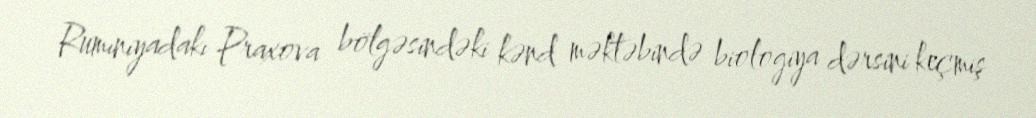
Rumıniyadakı Praxova bölgəsindəki kənd məktəbində biologiya dərsini keçmiş